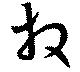
放